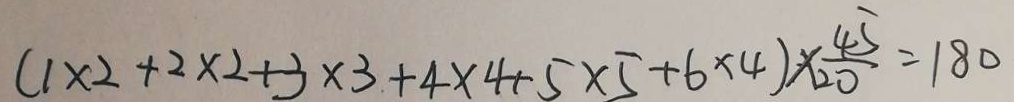
( 1 \times 2 + 2 \times 2 + 3 \times 3 + 4 \times 4 + 5 \times 5 + 6 \times 4 ) \times \frac { 4 5 } { 2 0 } = 1 8 0